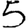
Digit: 5